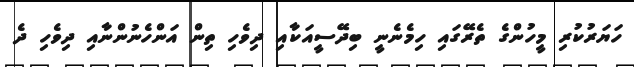
ހަޔަރުކުރި މީހުންގެ ތެރޭގައި ހިމެނެނީ ބިދޭސީއަކާއި ދިވެހި ތިން އަންހެނުންނާއި ދިވެހި ދެ